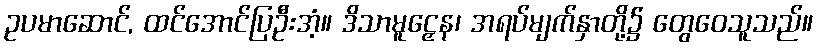
ဥပမာဆောင်, ထင်အောင်ပြဦးအံ့။ ဒိသာမူဠှေန၊ အရပ်မျက်နှာတို့၌ တွေဝေသူသည်။